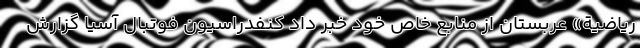
ریاضیة» عربستان از منابع خاص خود خبر داد کنفدراسیون فوتبال آسیا گزارش